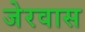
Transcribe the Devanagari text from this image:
जेरवास